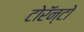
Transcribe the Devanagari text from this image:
टोरॅन्टो